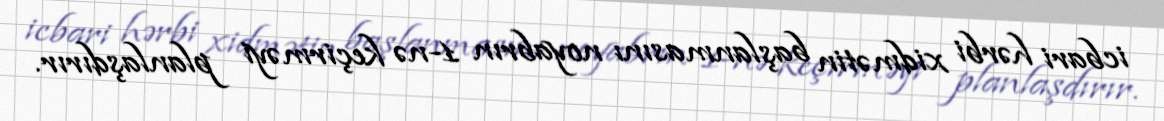
icbari hərbi xidmətin başlanmasını noyabrın 1-nə keçirməyi planlaşdırır.